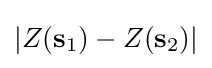
|Z(\mathbf {s} _{1})-Z(\mathbf {s} _{2})|